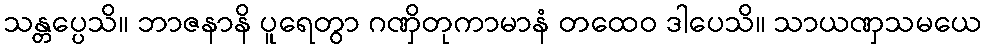
သန္တပ္ပေသိ။ ဘာဇနာနိ ပူရေတွာ ဂဏှိတုကာမာနံ တထေဝ ဒါပေသိ။ သာယဏှသမယေ